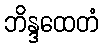
ဘိန္ဒထေတံ